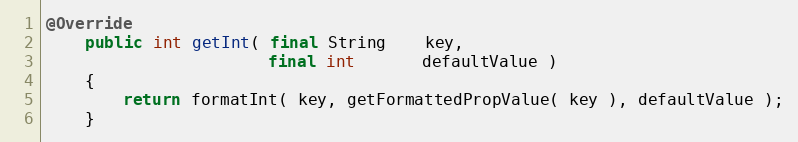
Language: Java
@Override
    public int getInt( final String    key,
                       final int       defaultValue )
    {
        return formatInt( key, getFormattedPropValue( key ), defaultValue );
    }